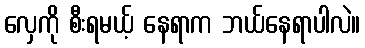
လှေကို စီးရမယ့် နေရာက ဘယ်နေရာပါလဲ။